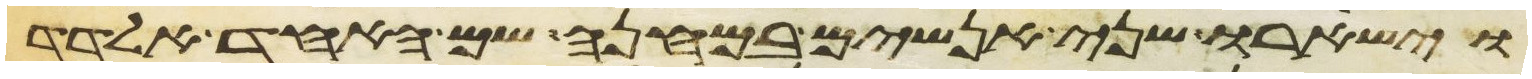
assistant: וישארו שני אנשים במחנה שם האחד אלדד